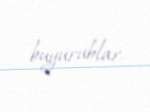
buyurublar.